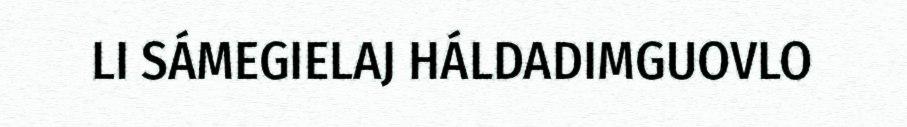
LI SÁMEGIELAJ HÁLDADIMGUOVLO